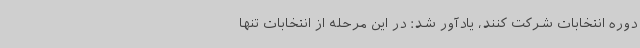
دوره انتخابات شرکت کنند، یادآور شد: در این مرحله از انتخابات تنها